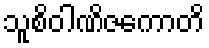
သူစိဝါဏိဇကောတိ